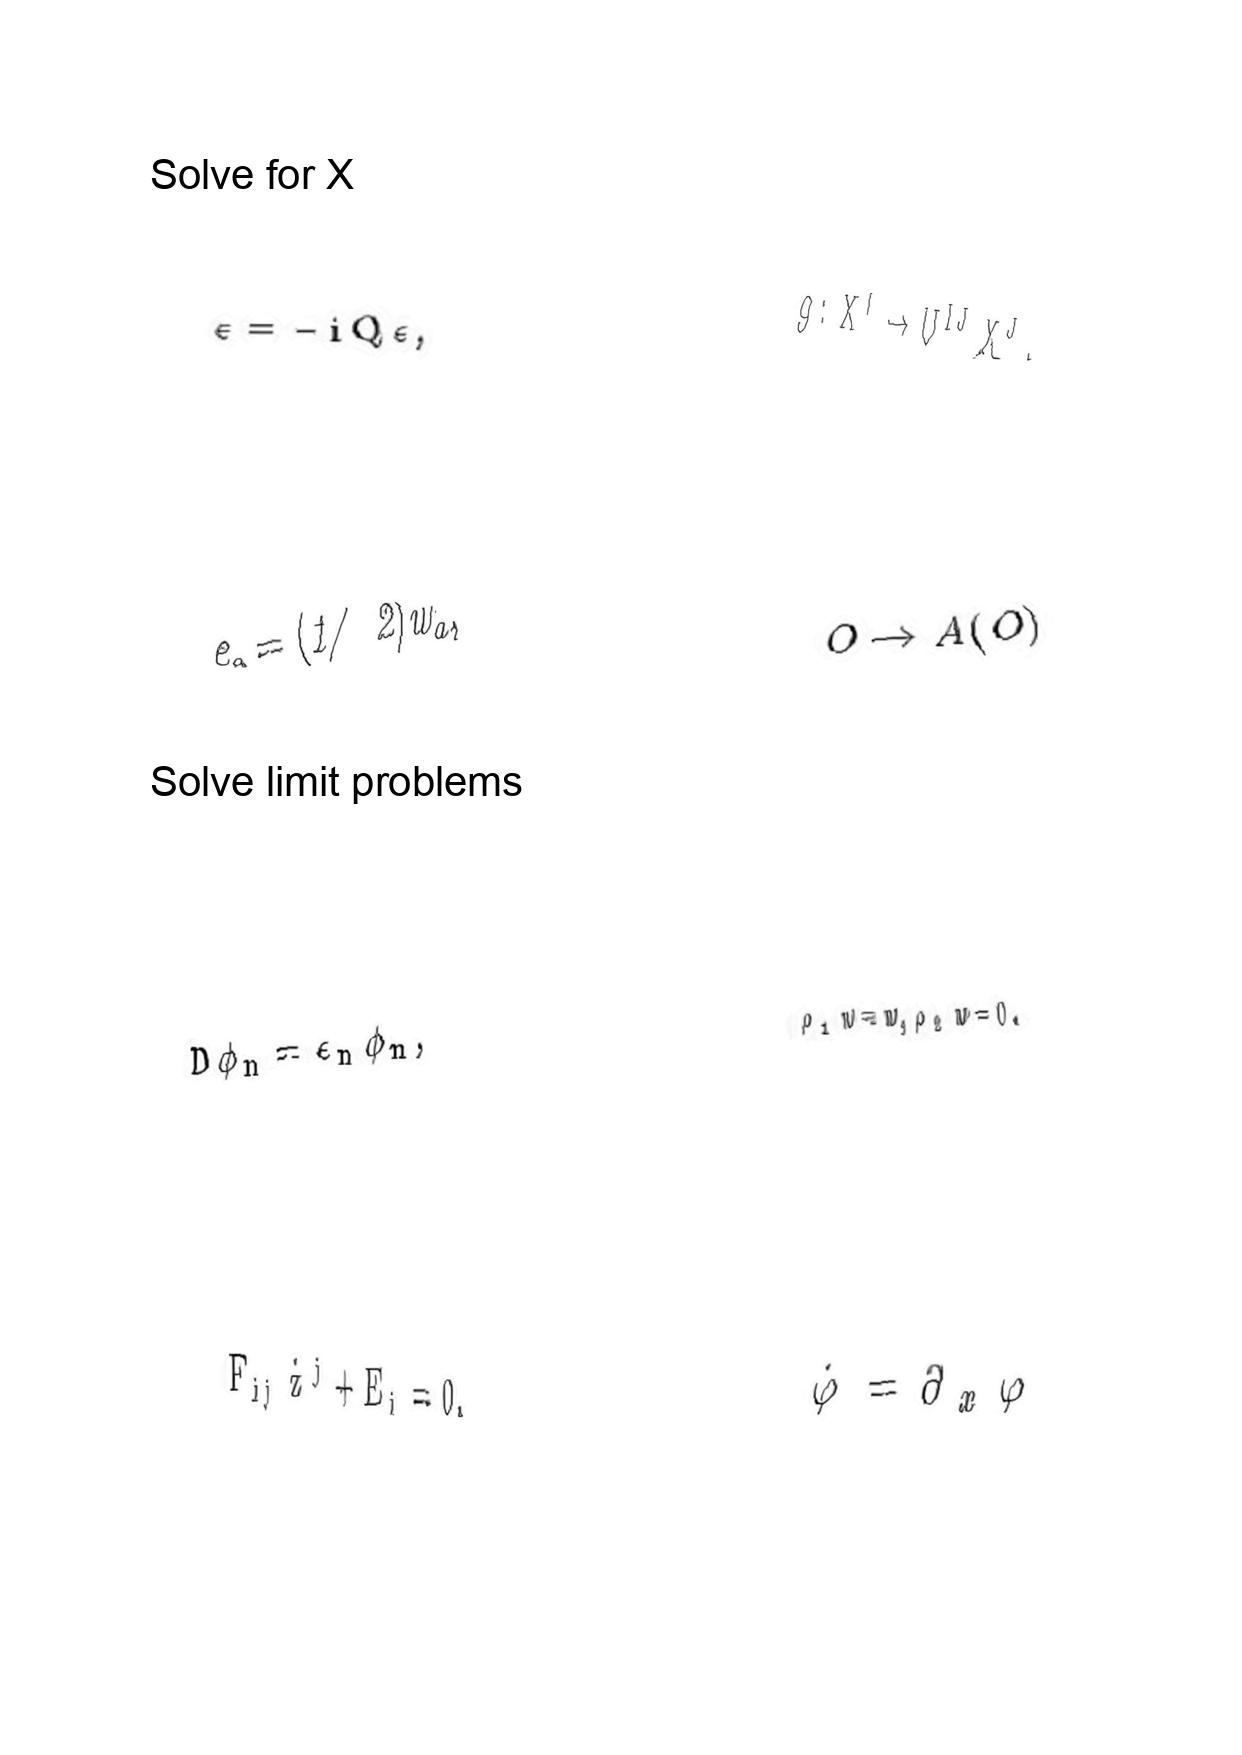
LaTeX transcription:
\epsilon = - i Q \epsilon ,
e _ { a } = \lparen 1 / 2 \rparen w _ { a } ,
D \phi _ { n } = \epsilon _ { n } \phi _ { n } ,
F _ { i j } \dot { z } ^ { j } + E _ { i } = 0 ,
g : X ^ { I } \rightarrow U ^ { I J } X ^ { J } .
O \rightarrow A \lparen O \rparen
\rho _ { 1 } w = w , \rho _ { 2 } w = 0 .
\dot { \varphi } = \partial _ { x } \varphi